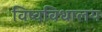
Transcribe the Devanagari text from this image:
विष्वविधालय